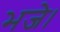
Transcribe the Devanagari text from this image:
भजे।